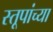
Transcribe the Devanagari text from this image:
स्तूपांच्या